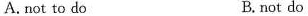
A.not to do B. not do